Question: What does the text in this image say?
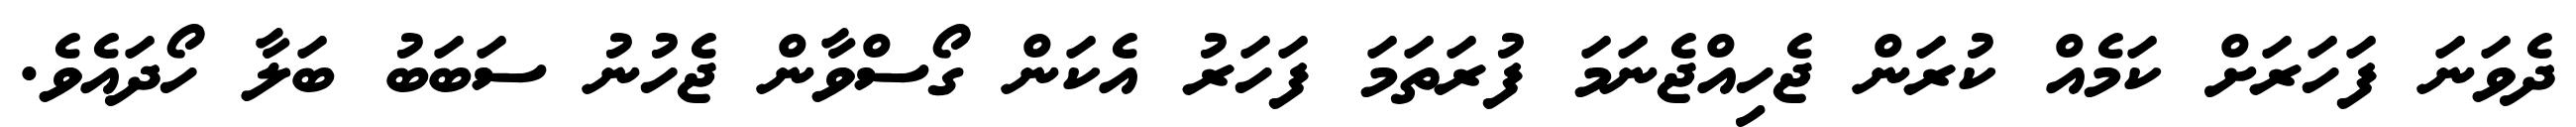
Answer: ދެވަނަ ފަހަރަށް ކަމެއް ކުރަން ޖެހިއްޖެނަމަ ފުރަތަމަ ފަހަރު އެކަން ގޯސްވާން ޖެހުނު ސަބަބު ބަލާ ހޯދައެވެ.